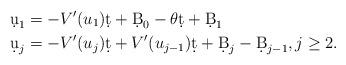
LaTeX: \begin{align*}\d u_1 &= - V' (u_1 ) \d t + \d B_0 - \theta \d t + \d B_1 \\\d u_j &= - V' (u_j ) \d t + V' (u_{j-1} ) \d t + \d B_j - \d B_{j-1} , j \geq 2 .\end{align*}